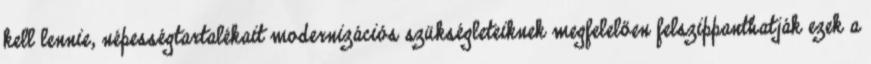
kell lennie, népességtartalékait modernizációs szükségleteiknek megfelelően felszippanthatják ezek a